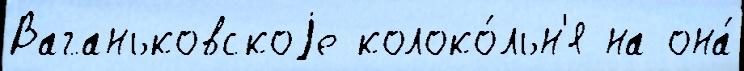
Ваганьковскоjе колоко́льн'я на она́